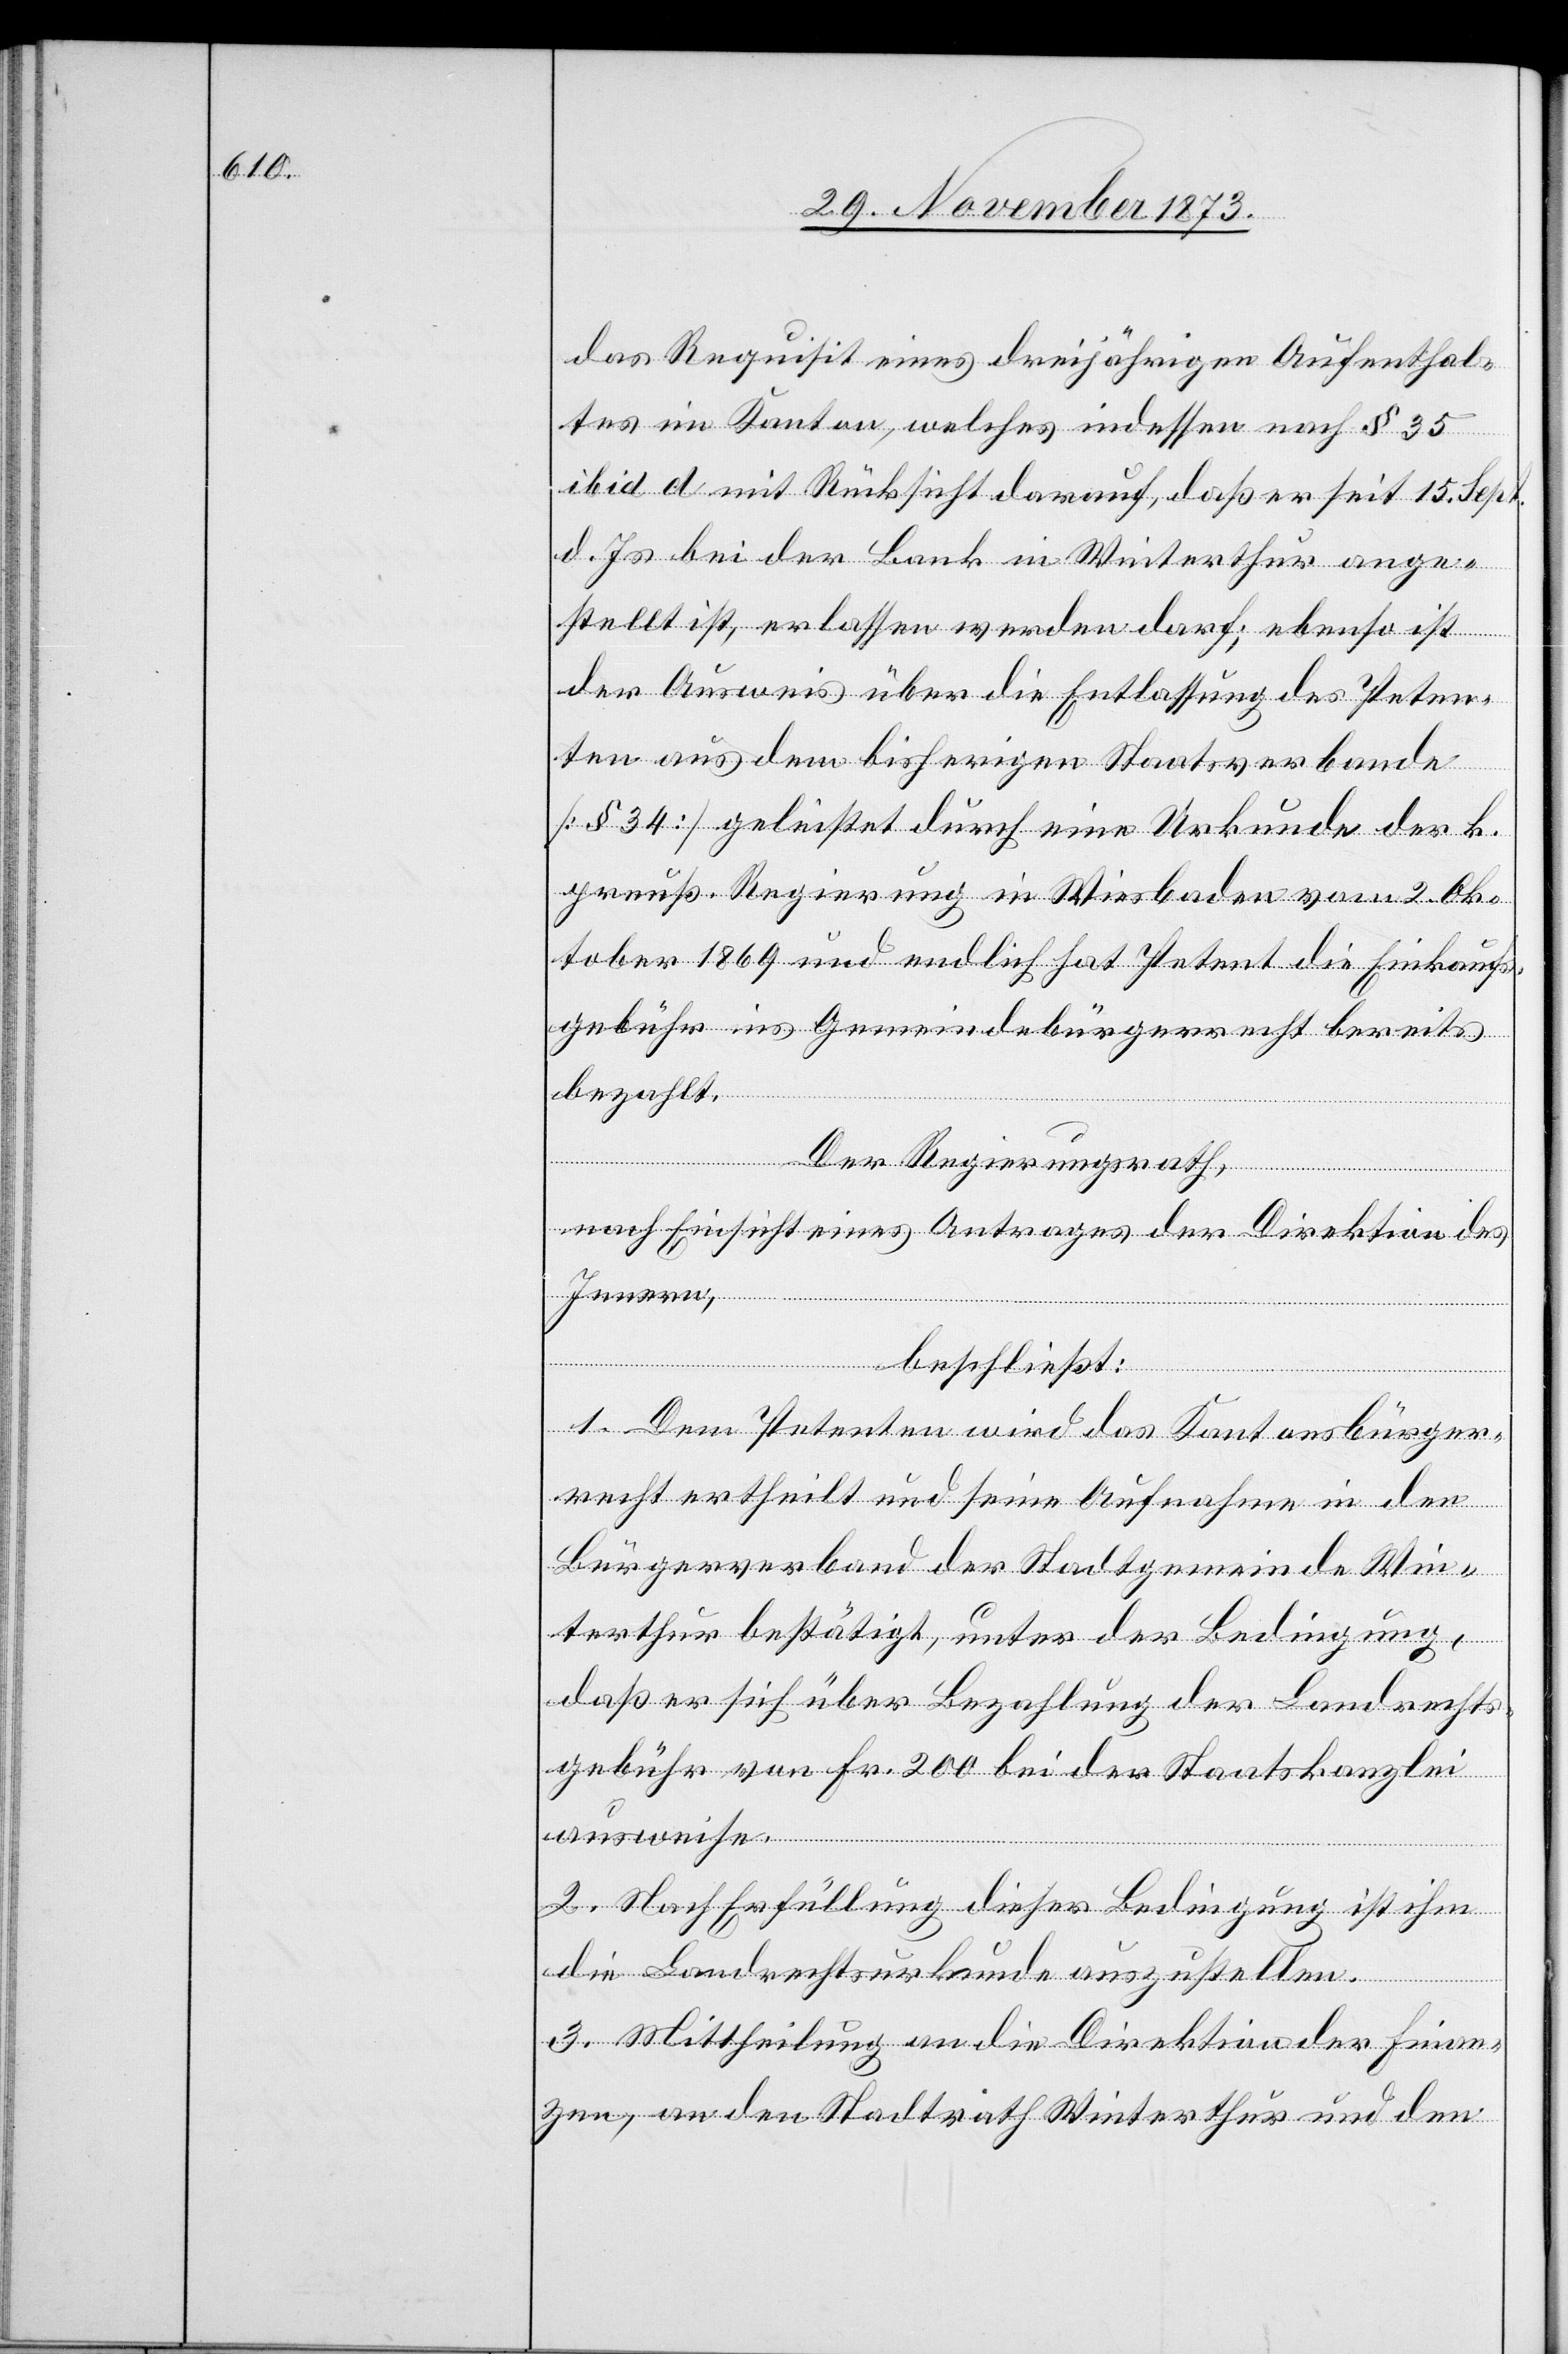
das Requisit eines dreijährigen Aufenthal¬
tes im Kanton, welches indessen nach § 35
ibid d mit Rücksicht darauf, daß er seit 15. Sept.
d. Js. bei der Bank in Winterthur ange¬
stellt ist, erlassen werden darf; ebenso ist
der Ausweis über die Entlassung des Peten¬
ten aus dem bisherigen Staatsverbande
[§ 34] geleistet durch eine Urkunde der k.
preuß. Regierung in Wiesbaden vom 2. Ok¬
tober 1869 und endlich hat Petent die Einkaufs¬
gebühr ins Gemeindebürgerrecht bereits
bezahlt.
Der Regierungsrath,
nach Einsicht eines Antrages der Direktion des
Innern,
beschließt:
1. Dem Petenten wird das Kantonsbürger¬
recht ertheilt und seine Aufnahme in den
Bürgerverband der Stadtgemeinde Win¬
terthur bestätigt, unter der Bedingung,
daß er sich über Bezahlung der Landrechts¬
gebühr von Fr. 200 bei der Staatskanzlei
ausweise.
2. Nach Erfüllung dieser Bedingung ist ihm
die Landrechtsurkunde auszustellen.
3. Mittheilung an die Direktion der Finan¬
zen, an den Stadtrath Winterthur und den